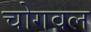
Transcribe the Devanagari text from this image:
चोगवल